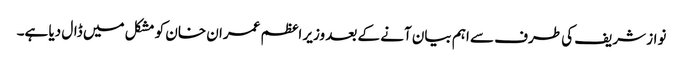
نواز شریف کی طرف سے اہم بیان آنے کے بعد وزیر اعظم عمران خان کو مشکل میں ڈال دیا ہے۔